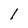
Character: 1